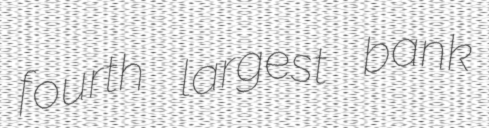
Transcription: fourth largest bank